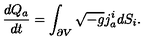
{ \frac { d Q _ { a } } { d t } } = \int _ { \partial V } \sqrt { - g } j _ { a } ^ { i } d S _ { i } .